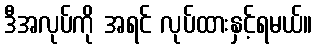
ဒီအလုပ်ကို အရင် လုပ်ထားနှင့်ရမယ်။